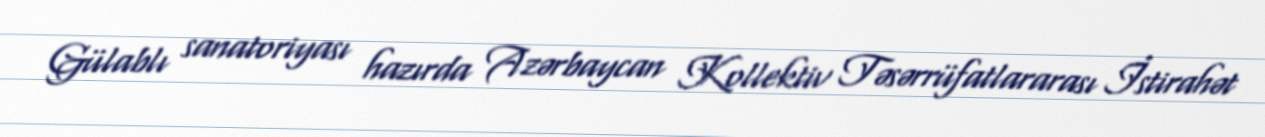
Gülablı sanatoriyası hazırda Azərbaycan Kollektiv Təsərrüfatlararası İstirahət